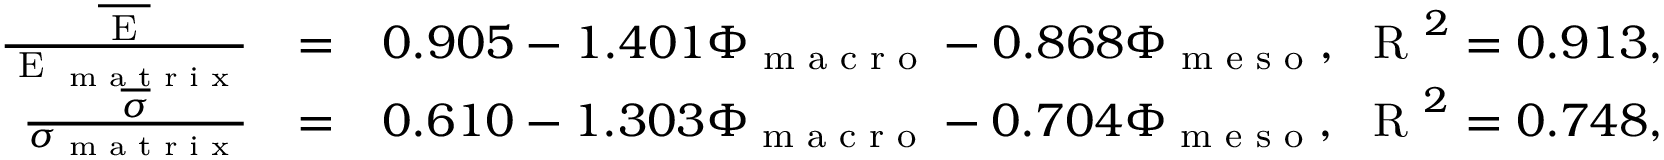
\begin{array} { r l r } { \frac { \overline { { \textup { E } } } } { \textup { E } _ { \textup { m a t r i x } } } } & { = } & { 0 . 9 0 5 - 1 . 4 0 1 \Phi _ { \textup { m a c r o } } - 0 . 8 6 8 \Phi _ { \textup { m e s o } } , \ \textup { R } ^ { 2 } = 0 . 9 1 3 , } \\ { \frac { \overline { { \sigma } } } { \sigma _ { \textup { m a t r i x } } } } & { = } & { 0 . 6 1 0 - 1 . 3 0 3 \Phi _ { \textup { m a c r o } } - 0 . 7 0 4 \Phi _ { \textup { m e s o } } , \ \textup { R } ^ { 2 } = 0 . 7 4 8 , } \end{array}